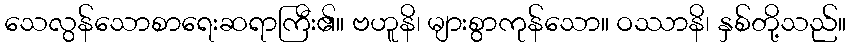
သေလွန်သောစာရေးဆရာကြီး၏။ ဗဟူနိ၊ များစွာကုန်သော။ ဝဿာနိ၊ နှစ်တို့သည်။